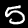
Digit: 5